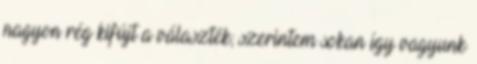
nagyon rég kifújt a választék; szerintem sokan így vagyunk